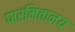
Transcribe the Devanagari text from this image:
पारमितानय